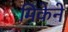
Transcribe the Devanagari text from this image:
मिकेने